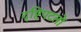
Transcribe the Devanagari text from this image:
दृष्टिपटलों